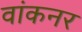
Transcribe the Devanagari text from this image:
वांकनर